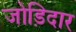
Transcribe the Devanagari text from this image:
जोड़िदार